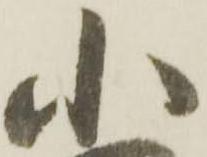
小